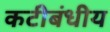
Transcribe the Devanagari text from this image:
कटीबंधीय